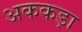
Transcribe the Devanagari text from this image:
अककड़ा